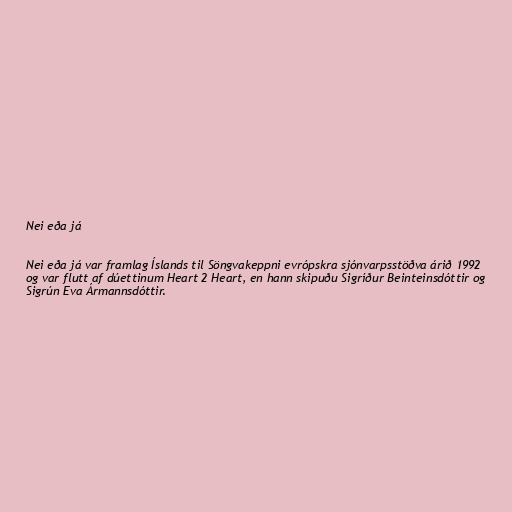
Nei eða já

Nei eða já var framlag Íslands til Söngvakeppni evrópskra sjónvarpsstöðva árið 1992
og var flutt af dúettinum Heart 2 Heart, en hann skipuðu Sigríður Beinteinsdóttir og
Sigrún Eva Ármannsdóttir.